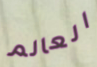
العالم